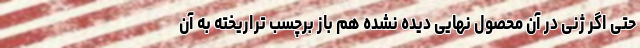
حتی اگر ژنی در آن محصول نهایی دیده نشده هم باز برچسب تراریخته به آن